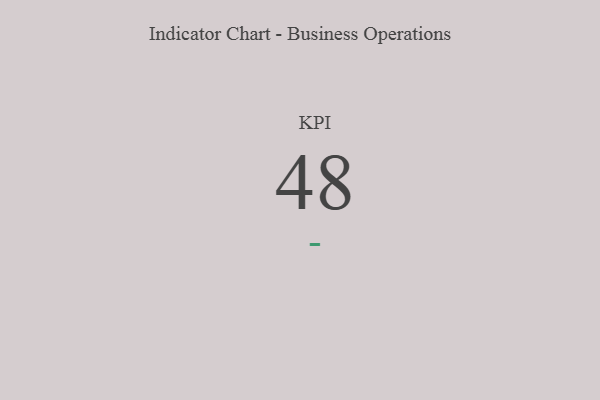
{"axis": {"x": "KPI", "y": "Value"}, "legend": [""], "data": [{"x": "KPI", "y": 48, "type": ""}]}